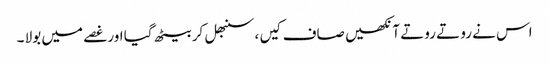
اس نے رو تے روتے آنکھیں صاف کیں ، سنبھل کر بیٹھ گیا اور غصے میں بولا ۔